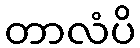
တာလံပိ